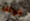
قوتك